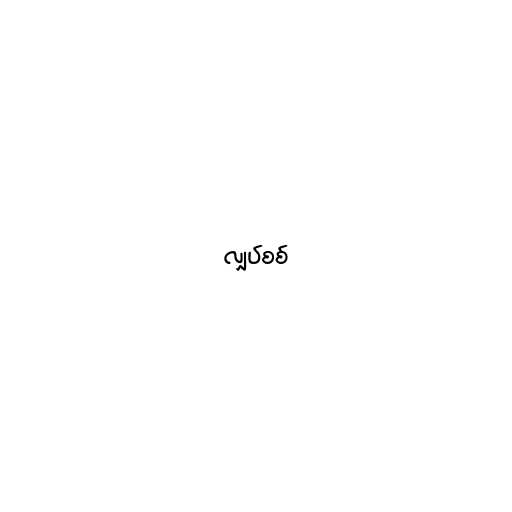
လျှပ်စစ်